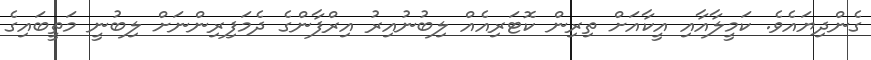
ގެންދިޔައެވެ. ކަމީލާއާއި އީކާއަށް ތިރިން ކޮޓަރިއެއް ލިބުނުއިރު އިރްފާންގެ ދެމަފިރިންނަށް ލިބުނީ މަތީބައިގެ